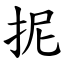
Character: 抳